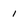
Character: 1